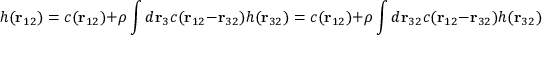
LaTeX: h ( \mathbf { r } _ { 1 2 } ) = c ( \mathbf { r } _ { 1 2 } ) + \rho \int d \mathbf { r } _ { 3 } c ( \mathbf { r } _ { 1 2 } - \mathbf { r } _ { 3 2 } ) h ( \mathbf { r } _ { 3 2 } ) = c ( \mathbf { r } _ { 1 2 } ) + \rho \int d \mathbf { r } _ { 3 2 } c ( \mathbf { r } _ { 1 2 } - \mathbf { r } _ { 3 2 } ) h ( \mathbf { r } _ { 3 2 } ) = c ( \mathbf { r } _ { 1 2 } ) + \rho ( c \, * \, h ) ( \mathbf { r } _ { 1 2 } )